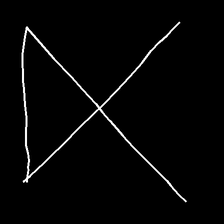
Glyph: collection